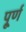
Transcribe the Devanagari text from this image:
पू्र्ण